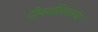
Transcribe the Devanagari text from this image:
दीनदलितांच्या